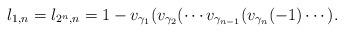
LaTeX: \begin{align*}l_{1,n}=l_{2^n,n}=1-v_{\gamma_{1}}(v_{\gamma_2}( \cdots v_{\gamma_{n-1}}( v_{\gamma_n}(-1)\cdots).\end{align*}